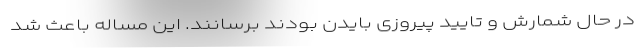
در حال شمارش و تایید پیروزی بایدن بودند برسانند. این مساله باعث شد